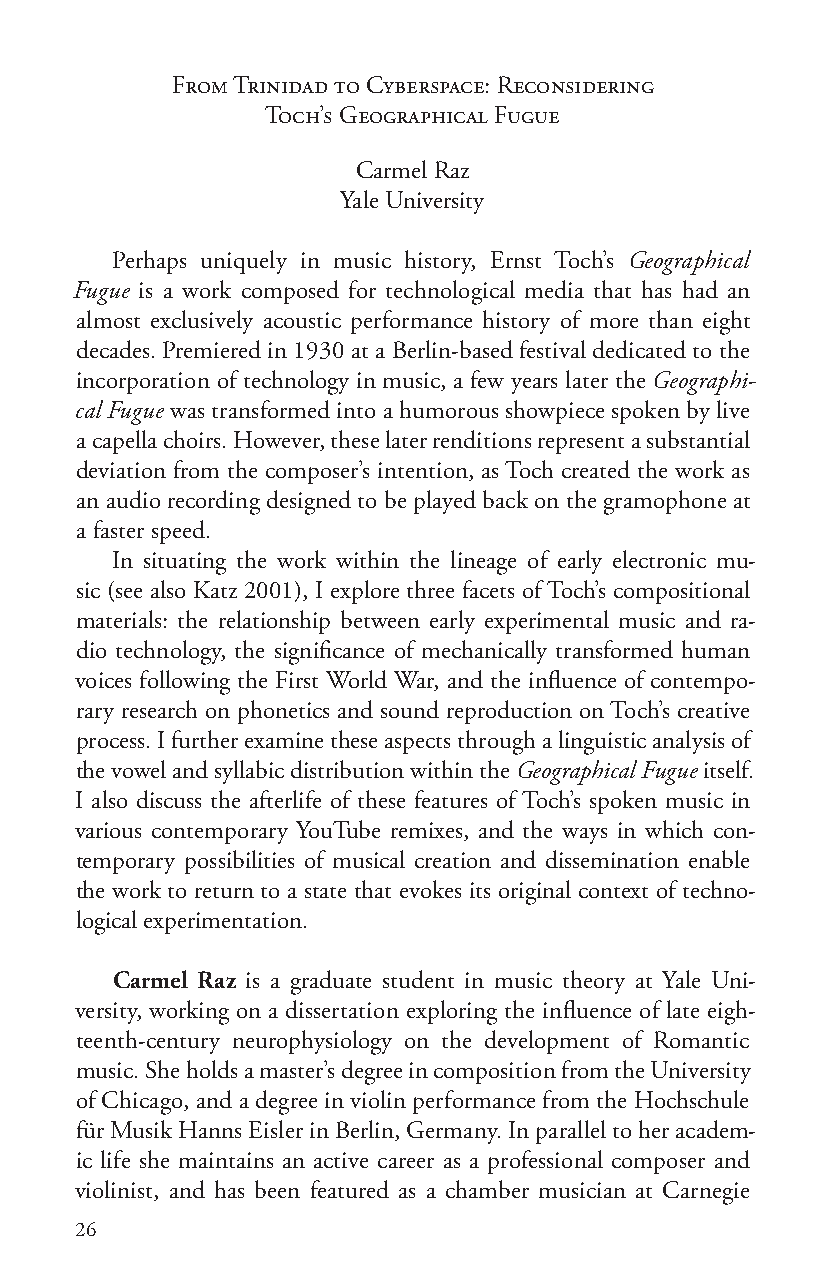
From Trinidad to Cyberspace: Reconsidering
 Toch’s Geographical Fugue
 Carmel Raz
 Yale University
 Perhaps uniquely in music history, Ernst Toch’s Geographical
 Fugue is a work composed for technological media that has had an
 almost exclusively acoustic performance history of more than eight
 decades. Premiered in 1930 at a Berlin-based festival dedicated to the
 incorporation of technology in music, a few years later the Geographi-
 cal Fugue was transformed into a humorous showpiece spoken by live
 a capella choirs. However, these later renditions represent a substantial
 deviation from the composer’s intention, as Toch created the work as
 an audio recording designed to be played back on the gramophone at
 a faster speed.
 In situating the work within the lineage of early electronic mu-
 sic (see also Katz 2001), I explore three facets of Toch’s compositional
 materials: the relationship between early experimental music and ra-
 dio technology, the significance of mechanically transformed human
 voices following the First World War, and the influence of contempo-
 rary research on phonetics and sound reproduction on Toch’s creative
 process. I further examine these aspects through a linguistic analysis of
 the vowel and syllabic distribution within the Geographical Fugue itself.
 I also discuss the afterlife of these features of Toch’s spoken music in
 various contemporary YouTube remixes, and the ways in which con-
 temporary possibilities of musical creation and dissemination enable
 the work to return to a state that evokes its original context of techno-
 logical experimentation.
 Carmel Raz is a graduate student in music theory at Yale Uni-
 versity, working on a dissertation exploring the influence of late eigh-
 teenth-century neurophysiology on the development of Romantic
 music. She holds a master’s degree in composition from the University
 of Chicago, and a degree in violin performance from the Hochschule
 für Musik Hanns Eisler in Berlin, Germany. In parallel to her academ-
 ic life she maintains an active career as a professional composer and
 violinist, and has been featured as a chamber musician at Carnegie
 26